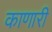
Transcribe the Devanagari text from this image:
काणारी